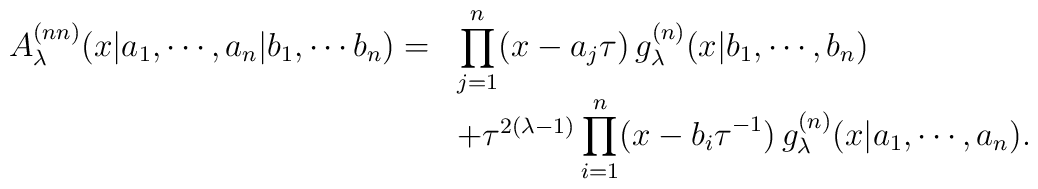
\begin{array}{rl}A_{\lambda }^{(nn)} (x| a_1 , \cdots , a_n |b_1 , \cdots b_n )= &\displaystyle\prod_{j=1}^{n} (x-a_j \tau )\,g_{\lambda }^{(n)} (x| b_1 , \cdots ,b_n ) \\& + \tau ^{2(\lambda -1)}\displaystyle\prod_{i=1}^{n} (x-b_i \tau ^{-1})\,g_{\lambda }^{(n)} (x| a_1 , \cdots , a_n ).\end{array}